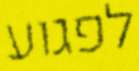
לפגוע